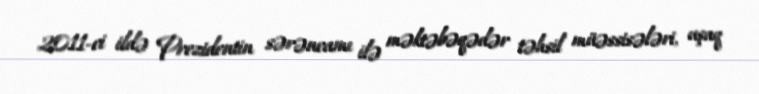
2011-ci ildə Prezidentin sərəncamı ilə məktəbəqədər təhsil müəssisələri, uşaq